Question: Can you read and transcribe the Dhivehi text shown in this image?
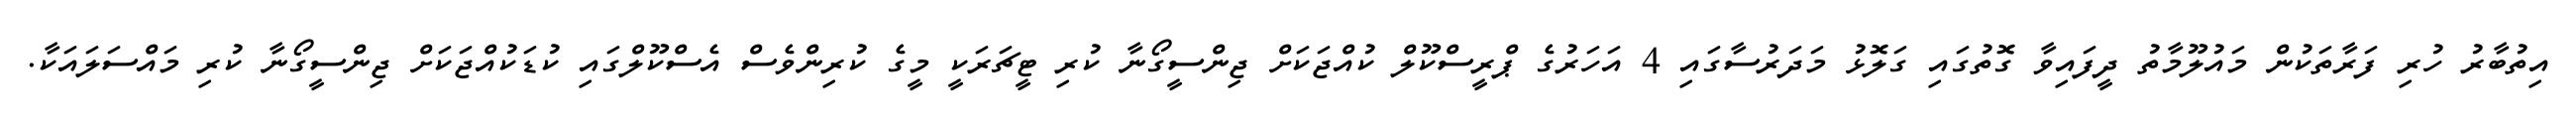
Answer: އިތުބާރު ހުރި ފަރާތަކުން މައުލޫމާތު ދީފައިވާ ގޮތުގައި ގަލޮޅު މަދަރުސާގައި 4 އަހަރުގެ ޕްރީސްކޫލް ކުއްޖަކަށް ޖިންސީގޯނާ ކުރި ޓީޗަރަކީ މީގެ ކުރިންވެސް އެސްކޫލްގައި ކުޑަކުއްޖަކަށް ޖިންސީގޯނާ ކުރި މައްސަލައަކާ.